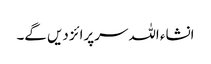
انشاء اللہ سرپرائز دیں گے۔